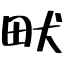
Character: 畎